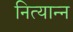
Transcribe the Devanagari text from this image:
नित्यान्न